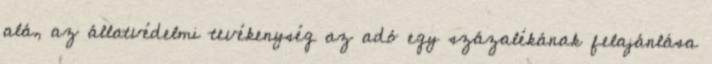
alá, az állatvédelmi tevékenység az adó egy százalékának felajánlása